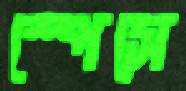
স্পেসে